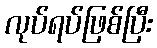
လုပ်ရပ်ဖြစ်ပြီး